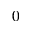
0